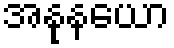
အနုနယော